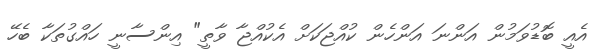
އެއީ ބޮޑުވަމުން އަންނަ އަންހެން ކުއްޖަކަށް އެކުއްޖާ ވާތީ" އިންސާނީ ހައްގުތަކާ ބެހޭ